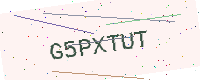
Text: G5PXTUT